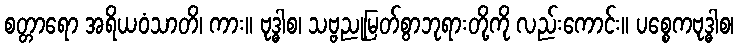
စတ္တာရော အရိယဝံသာတိ၊ ကား။ ဗုဒ္ဓါစ၊ သဗ္ဗညုမြတ်စွာဘုရားတို့ကို လည်းကောင်း။ ပစ္စေကဗုဒ္ဓါစ၊